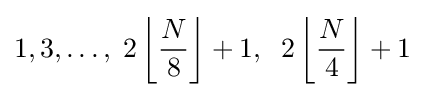
1,3,\ldots ,\;2\left\lfloor {\frac {N}{8}}\right\rfloor +1,\;\;2\left\lfloor {\frac {N}{4}}\right\rfloor +1